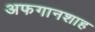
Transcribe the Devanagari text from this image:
अफगानशाह